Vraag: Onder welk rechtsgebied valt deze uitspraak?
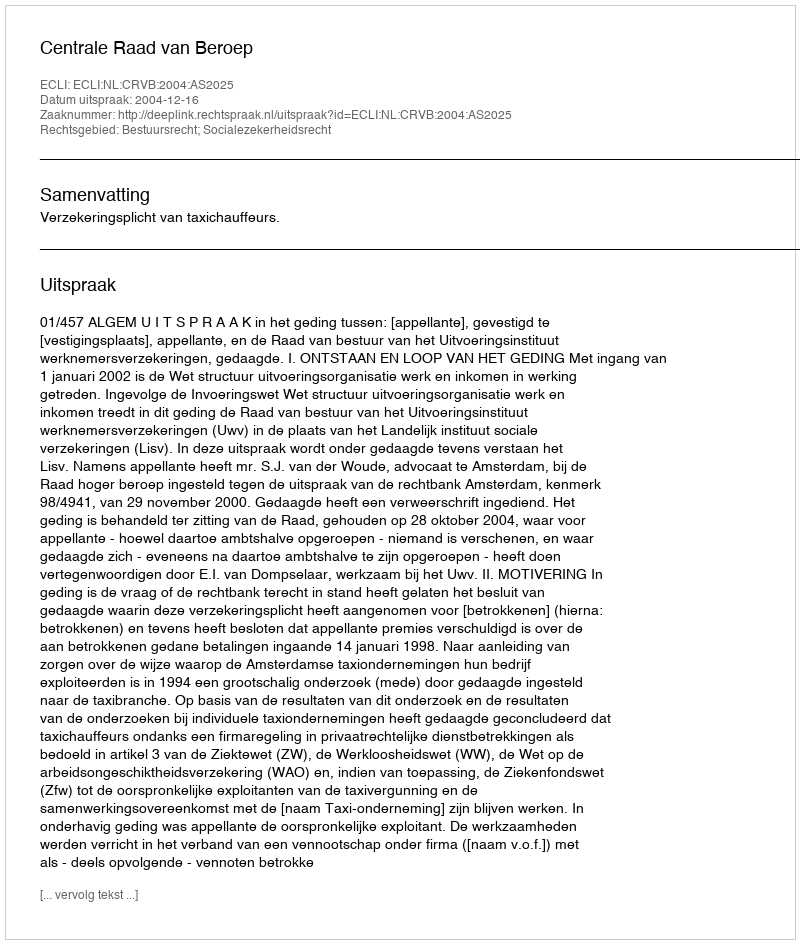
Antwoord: Bestuursrecht; Socialezekerheidsrecht